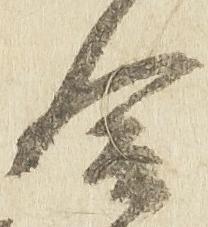
合